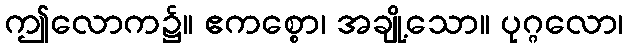
ဤလောက၌။ ဧကစ္စော၊ အချို့သော။ ပုဂ္ဂလော၊